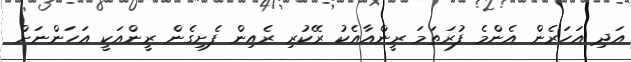
އަދި އަހަރެން އެންމެ ފުރަތަމަ ރީންއާއެކު ރޭކުރި ރެއިން ފެށިގެން ރީންއަކީ އަހަންނަށް